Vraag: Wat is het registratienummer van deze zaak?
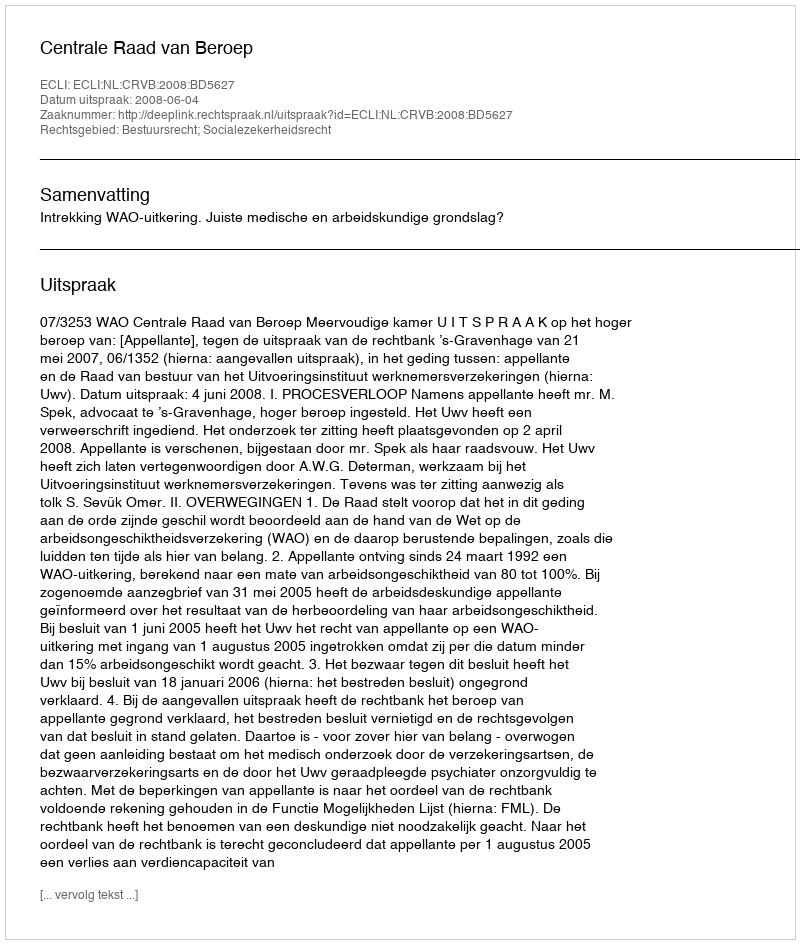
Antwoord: http://deeplink.rechtspraak.nl/uitspraak?id=ECLI:NL:CRVB:2008:BD5627